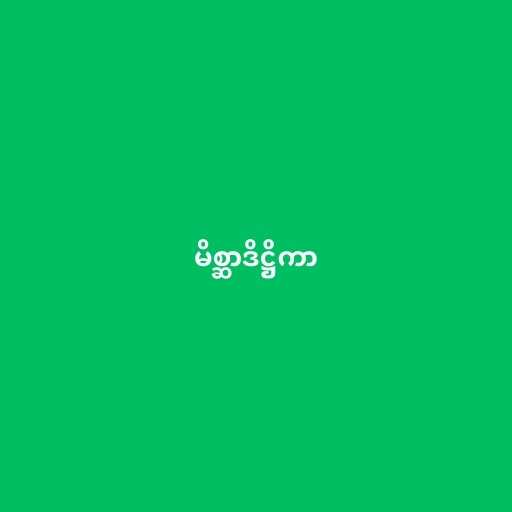
မိစ္ဆာဒိဋ္ဌိကာ